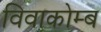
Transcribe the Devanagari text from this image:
विवाकोम्ब